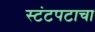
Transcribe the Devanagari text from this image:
स्टंटपटाचा